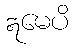
ဣမေပိ